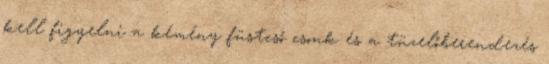
kell figyelni a kémény füstcső csonk és a tüzelőberendezés